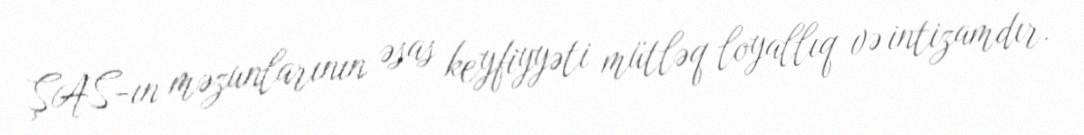
ŞAS-ın məzunlarının əsas keyfiyyəti mütləq loyallıq və intizamdır.